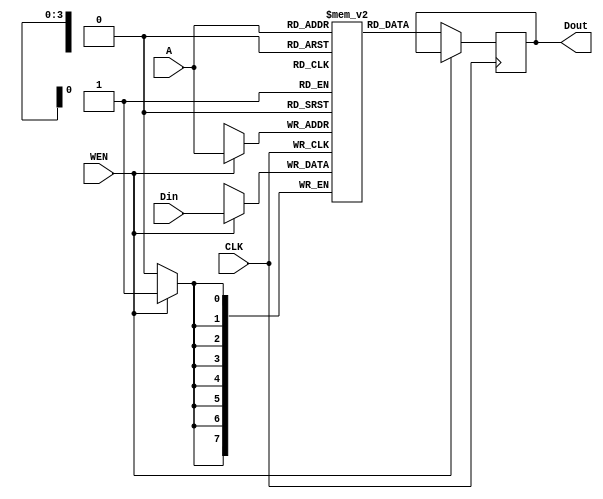
module spr_16x8 (CLK, Din, A, WEN, Dout);
  input CLK, WEN;
  input [7:0] Din;
  input [3:0] A;
  output reg [7:0] Dout;

  reg [7:0] mem [15:0];

  always @(posedge CLK)
    begin
      if (WEN)
        mem[A] <= Din;
      else
        Dout <= mem[A];
    end
endmodule